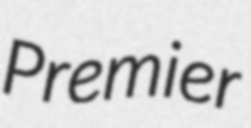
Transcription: Premier